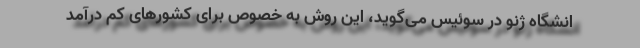
انشگاه ژنو در سوئیس می‌گوید، این روش به خصوص برای کشورهای کم درآمد